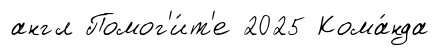
англ Помог'и́т'е 2025 Кома́нда